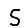
Digit: 5